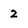
Character: 2